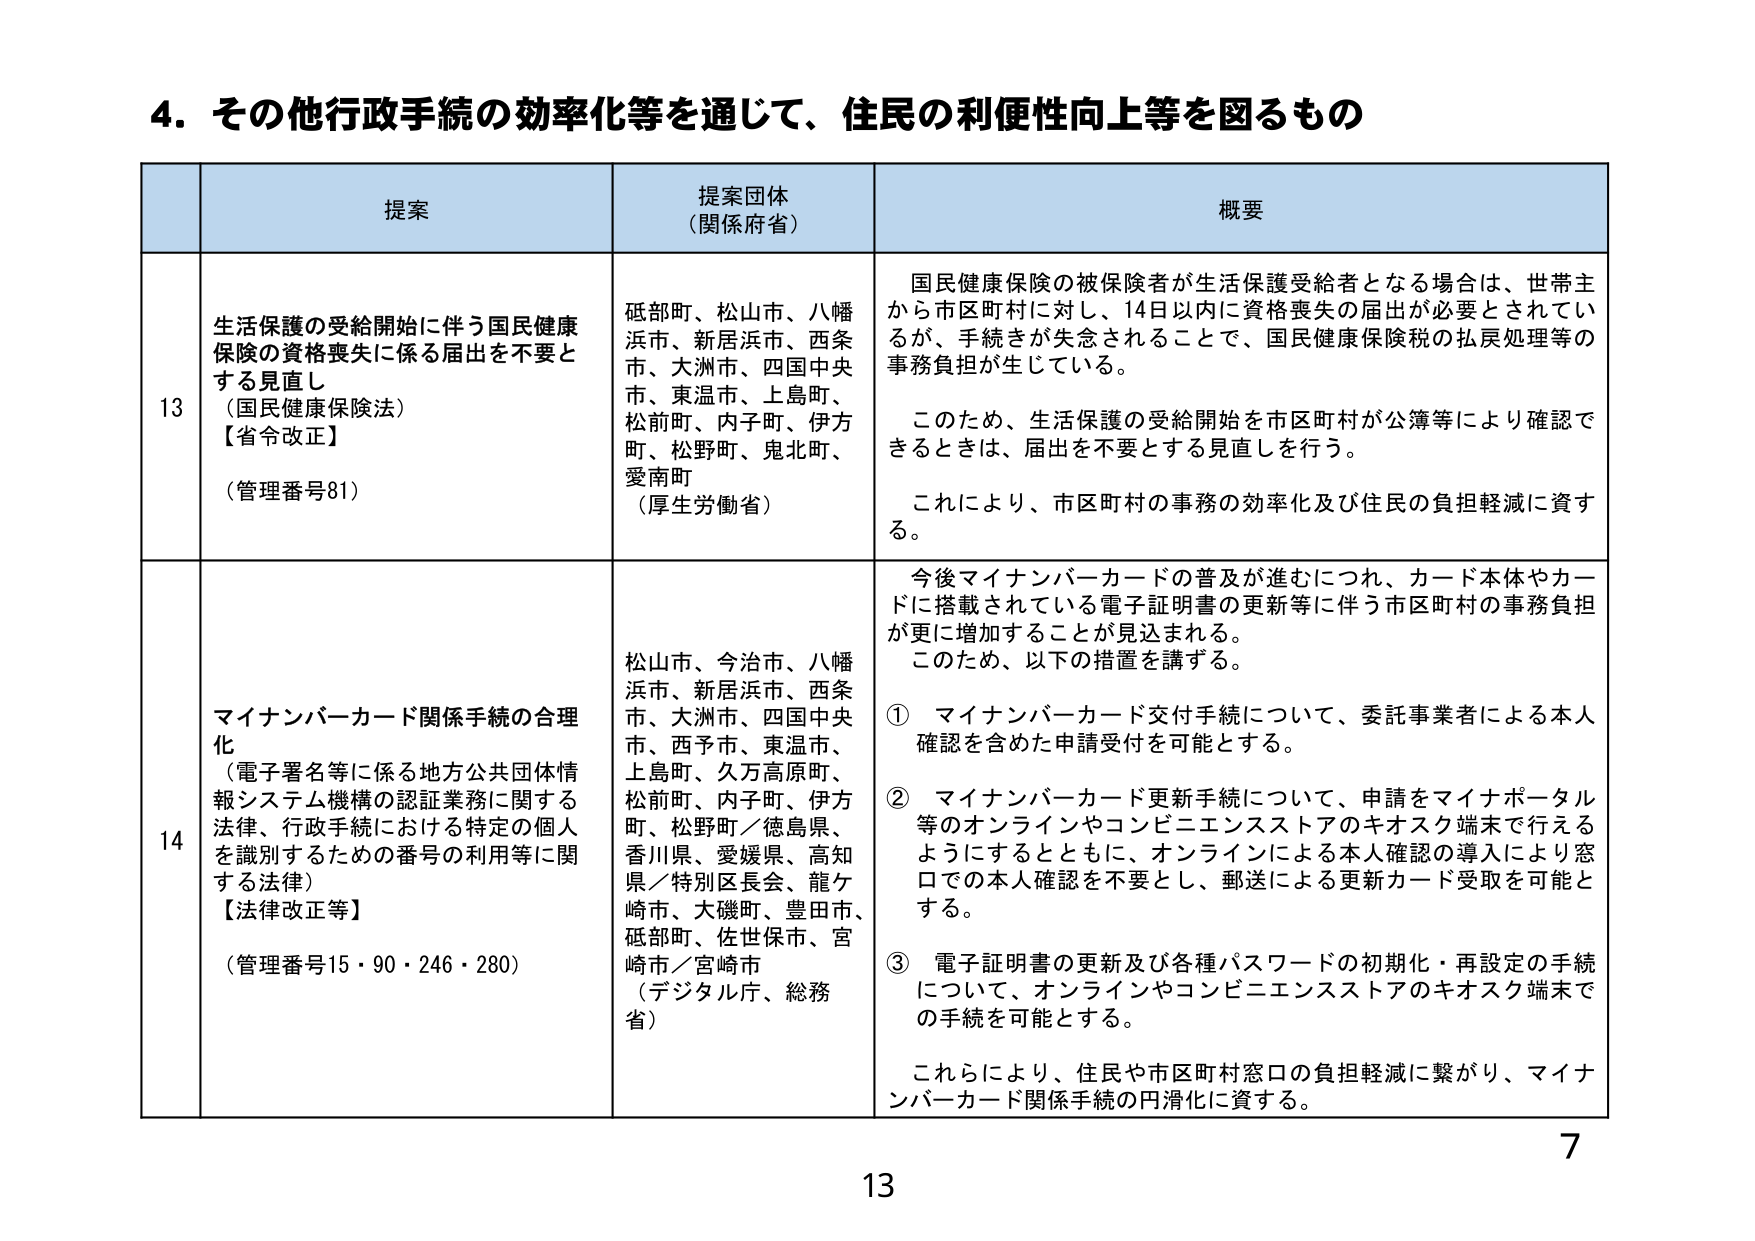
4. その他行政手続の効率化等を通じて、住民の利便性向上等を図るもの

提案 提案団体 （関係府省） 概要

13 生活保護の受給開始に伴う国民健康保険の資格喪失に係る届出を不要とする見直し （国民健康保険法） 【省令改正】 （管理番号81） 砥部町、松山市、八幡浜市、新居浜市、西条市、大洲市、四国中央市、東温市、上島町、松前町、内子町、伊方町、松野町、鬼北町、愛南町 （厚生労働省） 国民健康保険の被保険者が生活保護受給者となる場合は、世帯主から市区町村に対し、14日以内に資格喪失の届出が必要とされているが、手続きが失念されることで、国民健康保険税の払戻処理等の事務負担が生じている。 このため、生活保護の受給開始を市区町村が公簿等により確認できるときは、届出を不要とする見直しを行う。 これにより、市区町村の事務の効率化及び住民の負担軽減に資する。

14 マイナンバーカード関係手続の合理化 （電子署名等に係る地方公共団体情報システム機構の認証業務に関する法律、行政手続における特定の個人を識別するための番号の利用等に関する法律） 【法律改正等】 （管理番号15・90・246・280） 松山市、今治市、八幡浜市、新居浜市、西条市、大洲市、四国中央市、西予市、東温市、上島町、久万高原町、松前町、内子町、伊方町、松野町／徳島県、香川県、愛媛県、高知県／特別区長会、龍ケ崎市、大磯町、豊田市、砥部町、佐世保市、宮崎市／宮崎市 （デジタル庁、総務省） 今後マイナンバーカードの普及が進むにつれ、カード本体やカードに搭載されている電子証明書の更新等に伴う市区町村の事務負担が更に増加することが見込まれる。 このため、以下の措置を講ずる。 ① マイナンバーカード交付手続について、委託事業者による本人確認を含めた申請受付を可能とする。 ② マイナンバーカード更新手続について、申請をマイナポータル等のオンラインやコンビニエンスストアのキオスク端末で行えるようにするとともに、オンラインによる本人確認の導入により窓口での本人確認を不要とし、郵送による更新カード受取を可能とする。 ③ 電子証明書の更新及び各種パスワードの初期化・再設定の手続について、オンラインやコンビニエンスストアのキオスク端末での手続を可能とする。 これにより、住民や市区町村窓口の負担軽減に繋がり、マイナンバーカード関係手続の円滑化に資する。

7
13